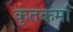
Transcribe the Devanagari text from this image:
कृतकर्मा